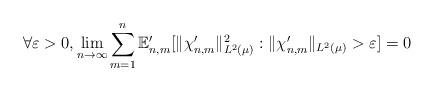
\begin{align*} \forall \varepsilon > 0, \lim_{n \to \infty} \sum_{m=1}^n \mathbb{E}_{n,m}' [ \|\chi_{n,m}' \|_{L^2(\mu)}^2 : \|\chi_{n,m}' \|_{L^2( \mu)} > \varepsilon ] = 0 \end{align*}